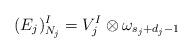
LaTeX: \begin{align*} (E_j)^I_{N_j} = V_j^I \otimes \omega_{s_j + d_j-1} \end{align*}